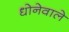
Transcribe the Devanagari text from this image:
धोनेवाले